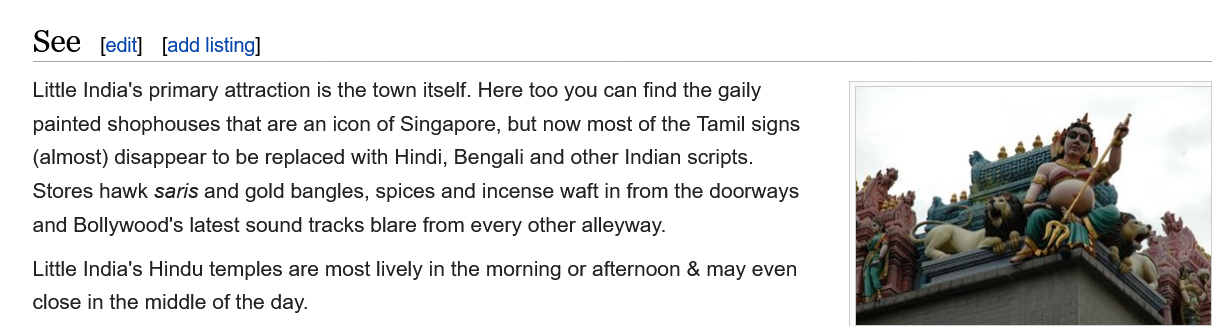
See    [add listing] [edit]
    Little India's Hindu temples are most lively in the morning or afternoon & may even
    close in the middle of the day.
    Little India's primary attraction is the town itself. Here too you can find the gaily
    painted shophouses that are an icon of Singapore, but now most of the Tamil signs
    (almost) disappear to be replaced with Hindi, Bengali and other Indian scripts.
    Stores hawk saris and gold bangles, spices and incense waft in from the doorways
    and Bollywood's latest sound tracks blare from every other alleyway.